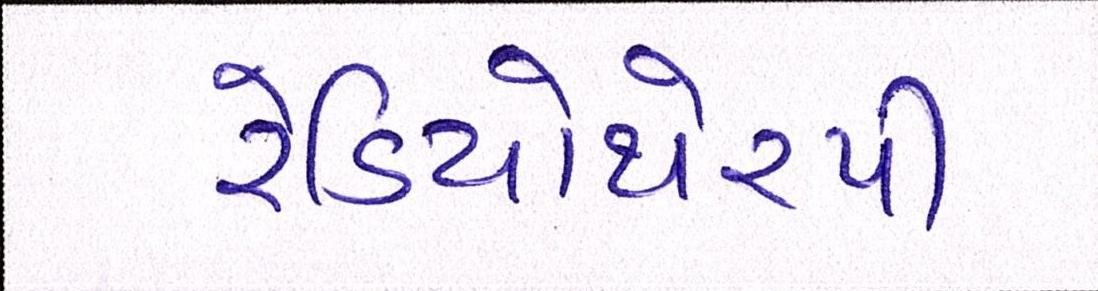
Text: રેડિયોથેરપી